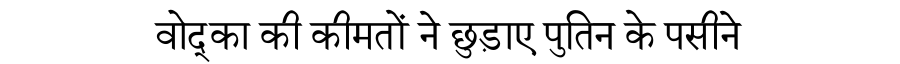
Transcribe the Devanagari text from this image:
वोद्का की कीमतों ने छुड़ाए पुतिन के पसीने